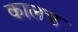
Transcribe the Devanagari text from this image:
कालच